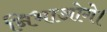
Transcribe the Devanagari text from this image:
निभाओगे।